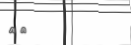
١٥